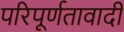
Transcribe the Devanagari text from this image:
परिपूर्णतावादी